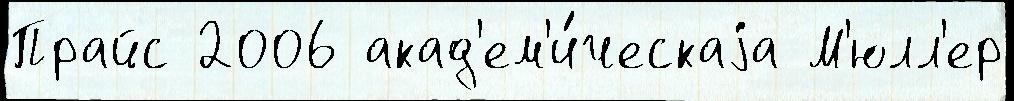
Прайс 2006 акад'ем'и́ческаjа М'юлл'ер